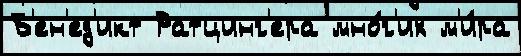
Б'ен'ед'икт Ратцинг'ера мно́г'их м'и́ра